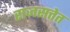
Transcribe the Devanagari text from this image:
राजसत्तेत